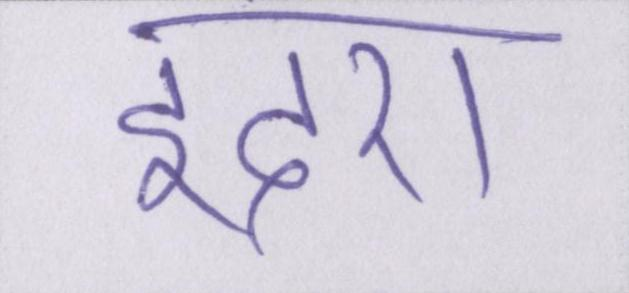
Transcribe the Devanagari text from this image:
इंदरा